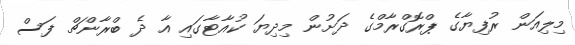
މިލިއަން ރުފިޔާގެ ޕްރޮގްރާމްގެ ދަށުން މިދިޔަ ކުއާޓާގައި އާ ދެ ބްރާންޗް ފަސް